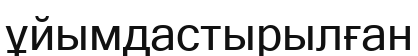
ұйымдастырылған